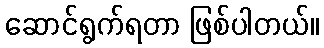
ဆောင်ရွက်ရတာ ဖြစ်ပါတယ်။